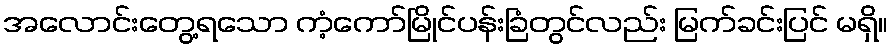
အလောင်းတွေ့ရသော ကံ့ကော်မြိုင်ပန်းခြံတွင်လည်း မြက်ခင်းပြင် မရှိ။